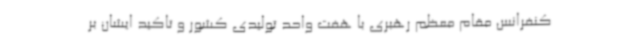
کنفرانس مقام معظم رهبری با هفت واحد تولیدی کشور و تاکید ایشان بر